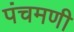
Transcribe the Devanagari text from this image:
पंचमणी